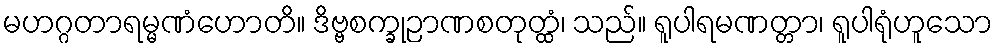
မဟဂ္ဂတာရမ္မဏံဟောတိ။ ဒိဗ္ဗစက္ခုဉာဏစတုတ္ထံ၊ သည်။ ရူပါရမဏတ္တာ၊ ရူပါရုံဟူသော